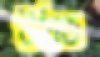
উঠত